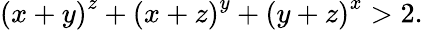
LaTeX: \left(x+y\right)^{z}+\left(x+z\right)^{y}+\left(y+z\right)^{x}>2.